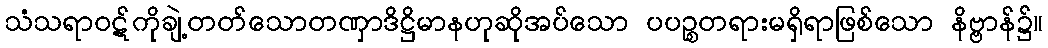
သံသရာဝဋ်ကိုချဲ့တတ်သောတဏှာဒိဋ္ဌိမာနဟုဆိုအပ်သော ပပဉ္စတရားမရှိရာဖြစ်သော နိဗ္ဗာန်၌။